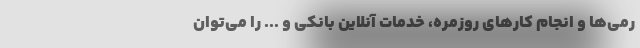
رمی‌ها و انجام کارهای روزمره، خدمات آنلاین بانکی و ... را می‌توان